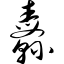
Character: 纛